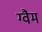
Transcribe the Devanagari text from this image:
ग्वैम